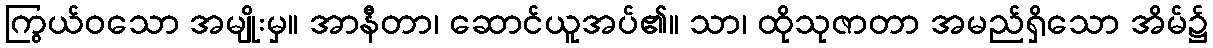
ကြွယ်ဝသော အမျိုးမှ။ အာနီတာ၊ ဆောင်ယူအပ်၏။ သာ၊ ထိုသုဇာတာ အမည်ရှိသော အိမ်၌